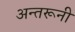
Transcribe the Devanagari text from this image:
अन्तरूनी